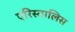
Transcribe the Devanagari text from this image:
एरिस्तालिस